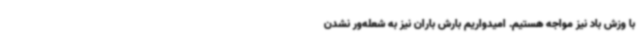
با وزش باد نیز مواجه هستیم. امیدواریم بارش باران نیز به شعله‌ور نشدن